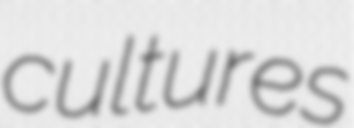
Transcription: cultures